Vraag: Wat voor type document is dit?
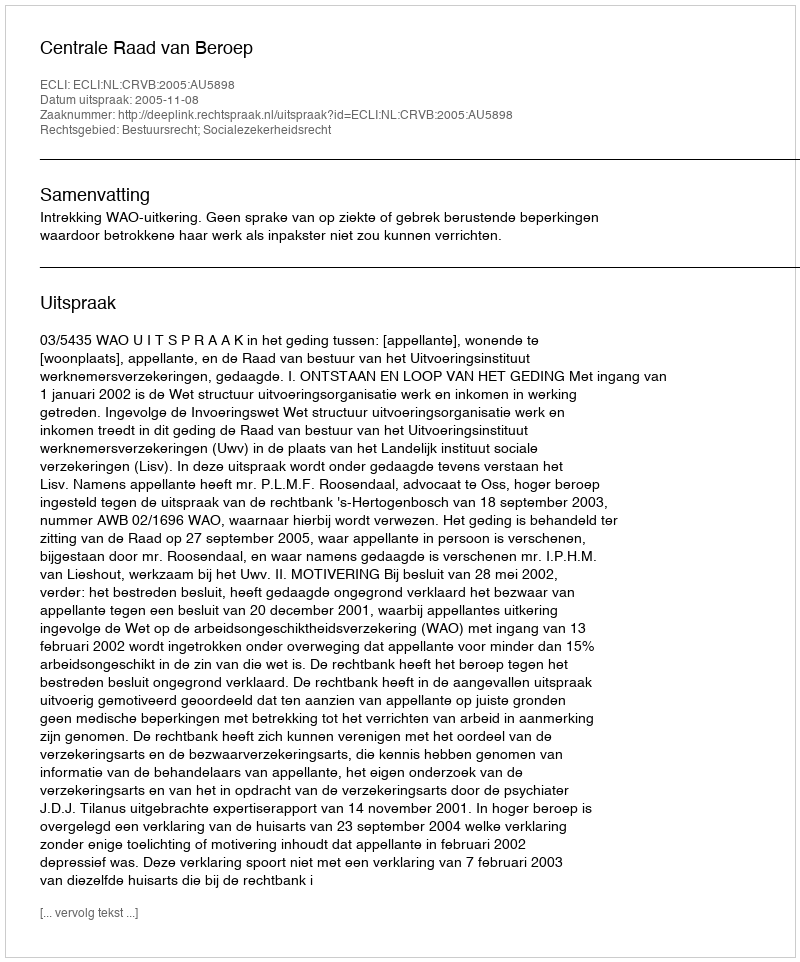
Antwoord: Uitspraak